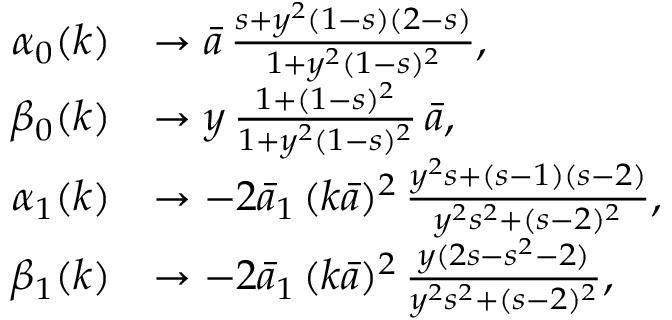
\begin{array} { r l } { \alpha _ { 0 } ( k ) } & { \to \bar { a } \, \frac { s + y ^ { 2 } ( 1 - s ) ( 2 - s ) } { 1 + y ^ { 2 } ( 1 - s ) ^ { 2 } } , } \\ { \beta _ { 0 } ( k ) } & { \to y \, \frac { 1 + ( 1 - s ) ^ { 2 } } { 1 + y ^ { 2 } ( 1 - s ) ^ { 2 } } \, \bar { a } , } \\ { \alpha _ { 1 } ( k ) } & { \to - 2 \bar { a } _ { 1 } \, ( k \bar { a } ) ^ { 2 } \, \frac { y ^ { 2 } s + ( s - 1 ) ( s - 2 ) } { y ^ { 2 } s ^ { 2 } + ( s - 2 ) ^ { 2 } } , } \\ { \beta _ { 1 } ( k ) } & { \to - 2 \bar { a } _ { 1 } \, ( k \bar { a } ) ^ { 2 } \, \frac { y ( 2 s - s ^ { 2 } - 2 ) } { y ^ { 2 } s ^ { 2 } + ( s - 2 ) ^ { 2 } } , } \end{array}